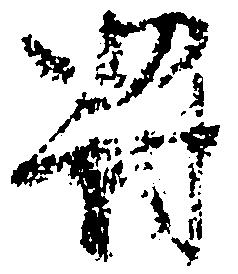
罰